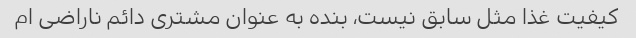
کیفیت غذا مثل سابق نیست، بنده به عنوان مشتری دائم ناراضی ام